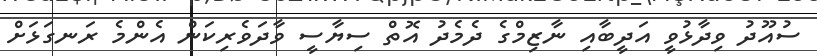
ސުއޫދު ވިދާޅުވީ އަދީބާއި ނާޒިމްގެ ދެމެދު އޮތް ސިޔާސީ ވާދަވެރިކަން އެންމެ ރަނގަޅަށް